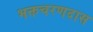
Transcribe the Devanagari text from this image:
भक्तचरणदास